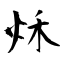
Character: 秌